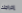
إخراجك